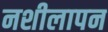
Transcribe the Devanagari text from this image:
नशीलापन